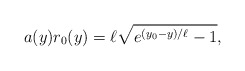
\begin{align*}a(y)r_0(y)=\ell \sqrt{ e^{(y_0-y)/\ell}-1},\end{align*}